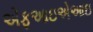
એફઆઇએઆઇ